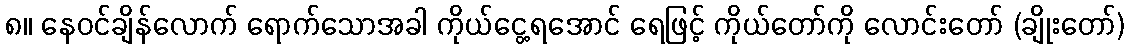
၈။ နေဝင်ချိန်လောက် ရောက်သောအခါ ကိုယ်ငွေ့ရအောင် ရေဖြင့် ကိုယ်တော်ကို လောင်းတော် (ချိုးတော်)